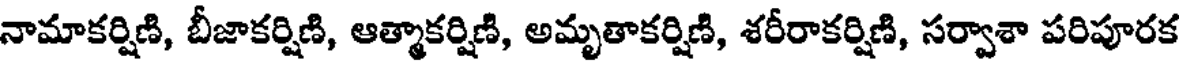
నామాకర్షిణి, బీజాకర్షిణి, ఆత్మాకర్షిణి, అమృతాకర్షిణి, శరీరాకర్షిణి, సర్వాశా పరిపూరక